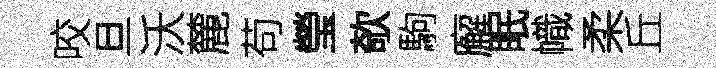
咬旦沃麓苟瑩欹駒廨眠幟柔丘